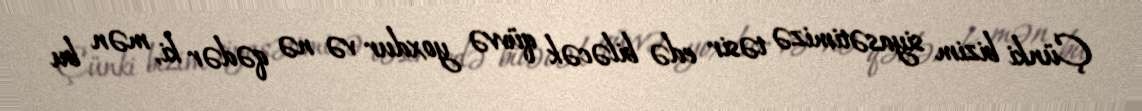
Çünki bizim siyasətimizə təsir edə biləcək qüvvə yoxdur və nə qədər ki, mən bu